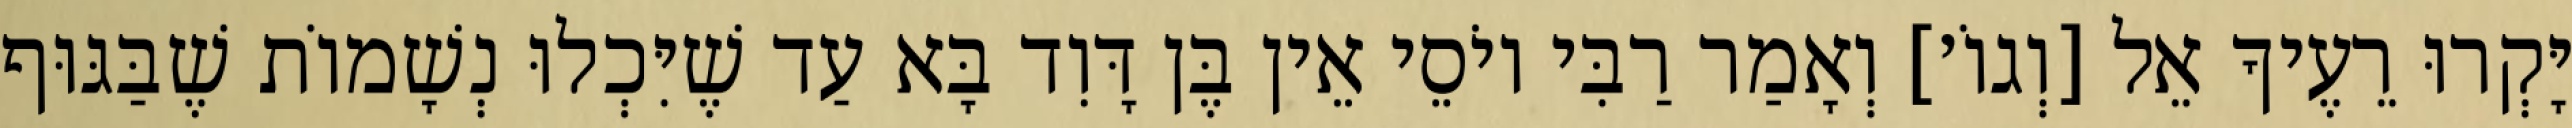
יָּקְרוּ רֵעֶיךָ אֵל [וְגוֹ׳] וְאָמַר רַבִּי יוֹסֵי אֵין בֶּן דָּוִד בָּא עַד שֶׁיִּכְלוּ נְשָׁמוֹת שֶׁבַּגּוּף